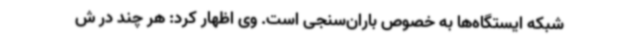
شبکه ایستگاه‌ها به خصوص باران‌سنجی است. وی اظهار کرد: هر چند در ش